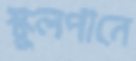
স্কুলপানে